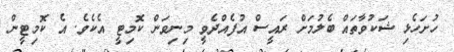
ހުށަހެޅި ޝަކުވާތައް ބެލުމަށް ރައީސް އުފެއްދެވީ މިނިވަން ކޮމިޓީ އެކެވެ. އެ ކޮމިޓީން